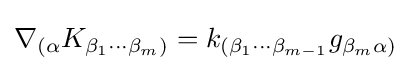
\nabla _{(\alpha }K_{\beta _{1}\cdots \beta _{m})}=k_{(\beta _{1}\cdots \beta _{m-1}}g_{\beta _{m}\alpha )}